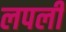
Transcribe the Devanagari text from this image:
लपली